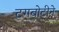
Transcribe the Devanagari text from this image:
टगबोटीने